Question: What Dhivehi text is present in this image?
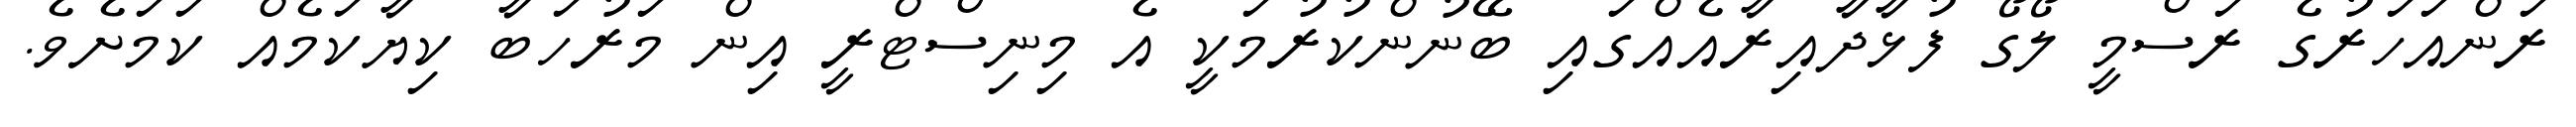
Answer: ރަންއަހަރުގެ ރަސްމީ ލޯގޯ ފުޅާދާއިރާއެއްގައި ބޭނުންކުރުމަކީ އެ މިނިސްޓްރީ އިން މަރުހަބާ ކިޔާކަމެއް ކަމަށެވެ.